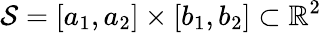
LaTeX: \mathcal{S}=[a_{1},a_{2}]\times[b_{1},b_{2}]\subset\mathbb{R}^{2}